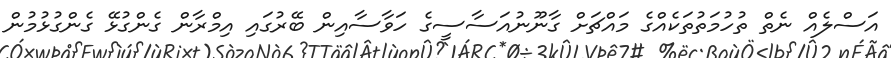
އަސްލެއް ނެތް ތުހުމަތުތަކެއްގެ މައްޗަށް ގާނޫނުއަސާސީގެ ހަވާސާއިން ބޭރުގައި އިމްރާން ގެންގުޅޭ ގެންގުޅުމުން